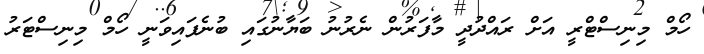
ހޯމް މިނިސްޓްރީ އަށް ރައްދުދީ މާފަރުން ނެރުނު ބަޔާނުގައި ބުނެފައިވަނީ ހޯމް މިނިސްޓަރު